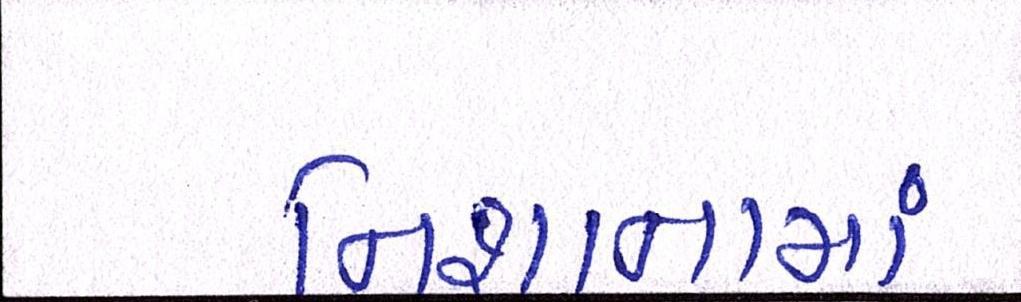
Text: નિશાનામાં